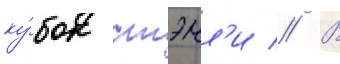
ку́бок стэнл'и // В